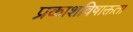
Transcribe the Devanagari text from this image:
प्रकाशविषाक्तता